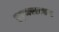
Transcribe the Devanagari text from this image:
तुर्‍यासारख्या